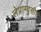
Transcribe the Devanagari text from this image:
लेप्राम्युसीट